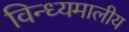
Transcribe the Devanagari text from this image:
विन्ध्यमालीय